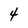
Character: 4